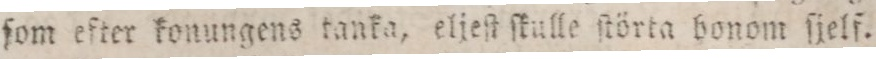
ſom efter konungens tanka, eljeſt ſkulle ſtörta honom ſjelf.